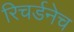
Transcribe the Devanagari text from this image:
रिचर्डनेच